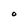
Character: O